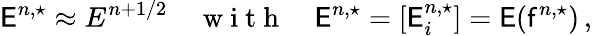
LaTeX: \mathsf{E}^{n,\star}\approx E^{n+1/2}\quad\mathrm{~w~i~t~h~}\quad\mathsf{E}^{n,\star}=[\mathsf{E}_{i}^{n,\star}]=\mathsf{E}(\mathsf{f}^{n,\star})\, ,